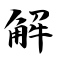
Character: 解